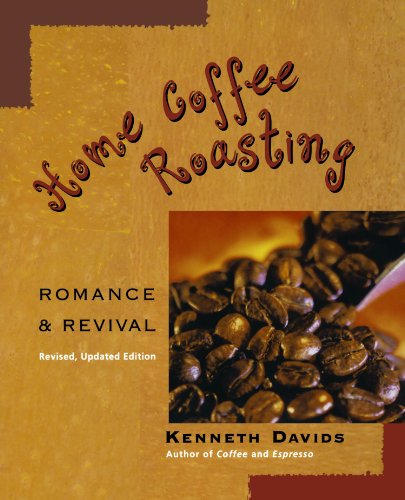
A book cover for Home Coffee Roasting, Revised, Updated Edition: Romance and Revival; Kenneth Davids; Cookbooks, Food & Wine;